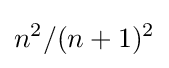
n^{2}/(n+1)^{2}